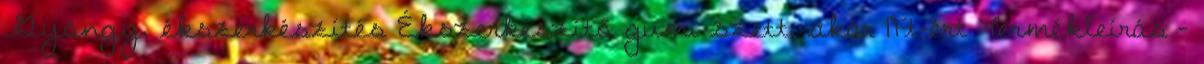
Gyöngy, ékszerkészítés Ékszerkészítő gumi szett, akár 1Ft-ért Termékleírás -